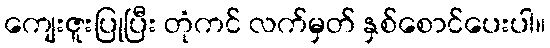
ကျေးဇူးပြုပြီး တုံကင် လက်မှတ် နှစ်စောင်ပေးပါ။